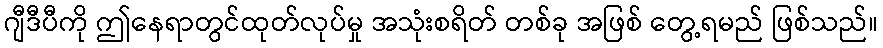
ဂျီဒီပီကို ဤနေရာတွင်ထုတ်လုပ်မှု အသုံးစရိတ် တစ်ခု အဖြစ် တွေ့ရမည် ဖြစ်သည်။